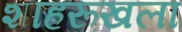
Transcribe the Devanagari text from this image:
शाहरूखला